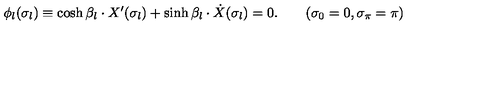
\phi _ { l } ( \sigma _ { l } ) \equiv \cosh \beta _ { l } \cdot X ^ { \prime } ( \sigma _ { l } ) + \sinh \beta _ { l } \cdot \dot { X } ( \sigma _ { l } ) = 0 . \qquad ( \sigma _ { 0 } = 0 , \sigma _ { \pi } = \pi )